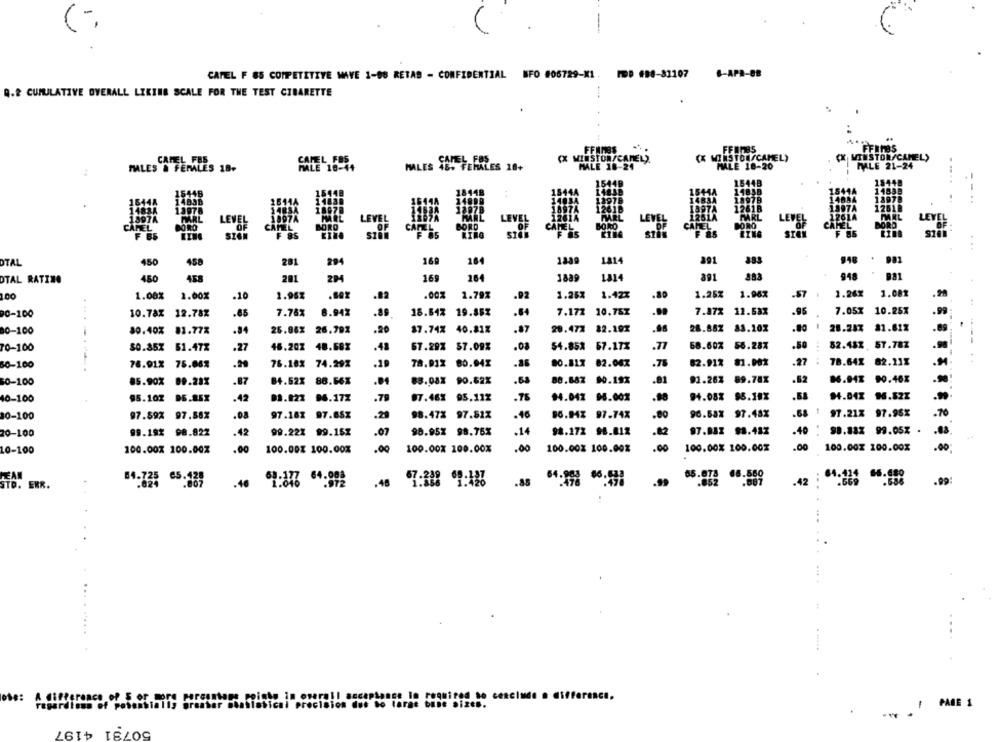
-
CAMEL F 85 COMPETITIVE MAVE 1-08 RETAS - CONFIDENTIAL NFO #06729-X1. MOD #88-81107
6-APR-88
Q.2 CUMULATIVE OVERALL LIKING SCALE FOR THE TEST CIBARETTE
FFILES
FFINSS
CAPEL FOS
CX WINSTON/CAMEL).
(X WINSTON/CAMEL)
MALES & FEMALES 18+
MALES 45+ FERALES 18+
PALE 18-24
MALE 18-20
MMEL
LEVE
12614
PMRL
LEVEL
1261A
MAKL
CAMEL
BORO
BORO
BORO
CAMEL
CAMEL
CORO
CAMEL
F BS
F 85
F 85
F 85
F 85
1814
891
948 . 981
OTAL
450
458
201
294
169
164
1239
.
OTAL RATING
450
458
201
169
164
1889
1814
948
981
1.00
1.00%
2.00%
.10
1.96%
.00%
1.79%
.92
1.25%
1.42%
1.25%
1.96%
.87
1.26x
1.08%
12.782
7.76%
8.94%
.89
18.64% 19.85%
.84
7.172
10.757
7.87%
11.53%
.95
7.05%
10.25%
90-100
10.78%
.65
28.287 81.617
80-100
30.40%
81.77%
.84
26.86X
26.79%
.20
$7.74% 40.81%
.87
20.472
82.192
28.88%
83.10%
.80
70-100
$0.35X
51.47Z
.27
46.207
48.68%
.41
67.29% $7.09%
.08
54.852
57.17%
58.607
56.287
82.45X 57.787
60-100
76.91%
75.66%
76.18%
74.29%
.19
78.91% 80.94%
.26
80.817 82.047
.75
82.917 81.001
.27
78.64X 82.111
.87
.81
91.267
89.78X
.62
86.94% 90.46X
0-100
85.90%
09.28%
84.62% 88.66X
83.08X 90.62X
.68
88.887 00.197
40-100
95.101
DE.85%
42
04.17%
.79
07.46% 95.11%
.78
94.042 98.002
94.08% 95.10X
94.047 16.52Z
10-100
97.59%
97.88%
.08
97.182 97.66%
98.47% 97.817
-46
90.94% 97.74%
.80
96.63% 97.48%
.64
97.21% 97.96X
98.822
42
.07
98.95% 98.75%
.1
98.172 98.812
.82
.40
98.83% 99.05% .
20-100
99.193
99.22% 99.15%
.00
10-100
100.00% 100.00Z
100.00% 100.00%
.00
100.00X 100.00%
.00
100.00% 100.00%
.00
100.00X 100.00%
100.00% 100.00%
.00
PEAN
64-725 05:18;
64.008
.85
.99
.99
STO. EKR.
.972
4.
.....
ace le required to conclude . difference.
ion dos to tarde bine sizes.
CABE 1
greater shailasical
50731 4197